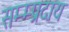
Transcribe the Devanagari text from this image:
सम्म्प्रदाय